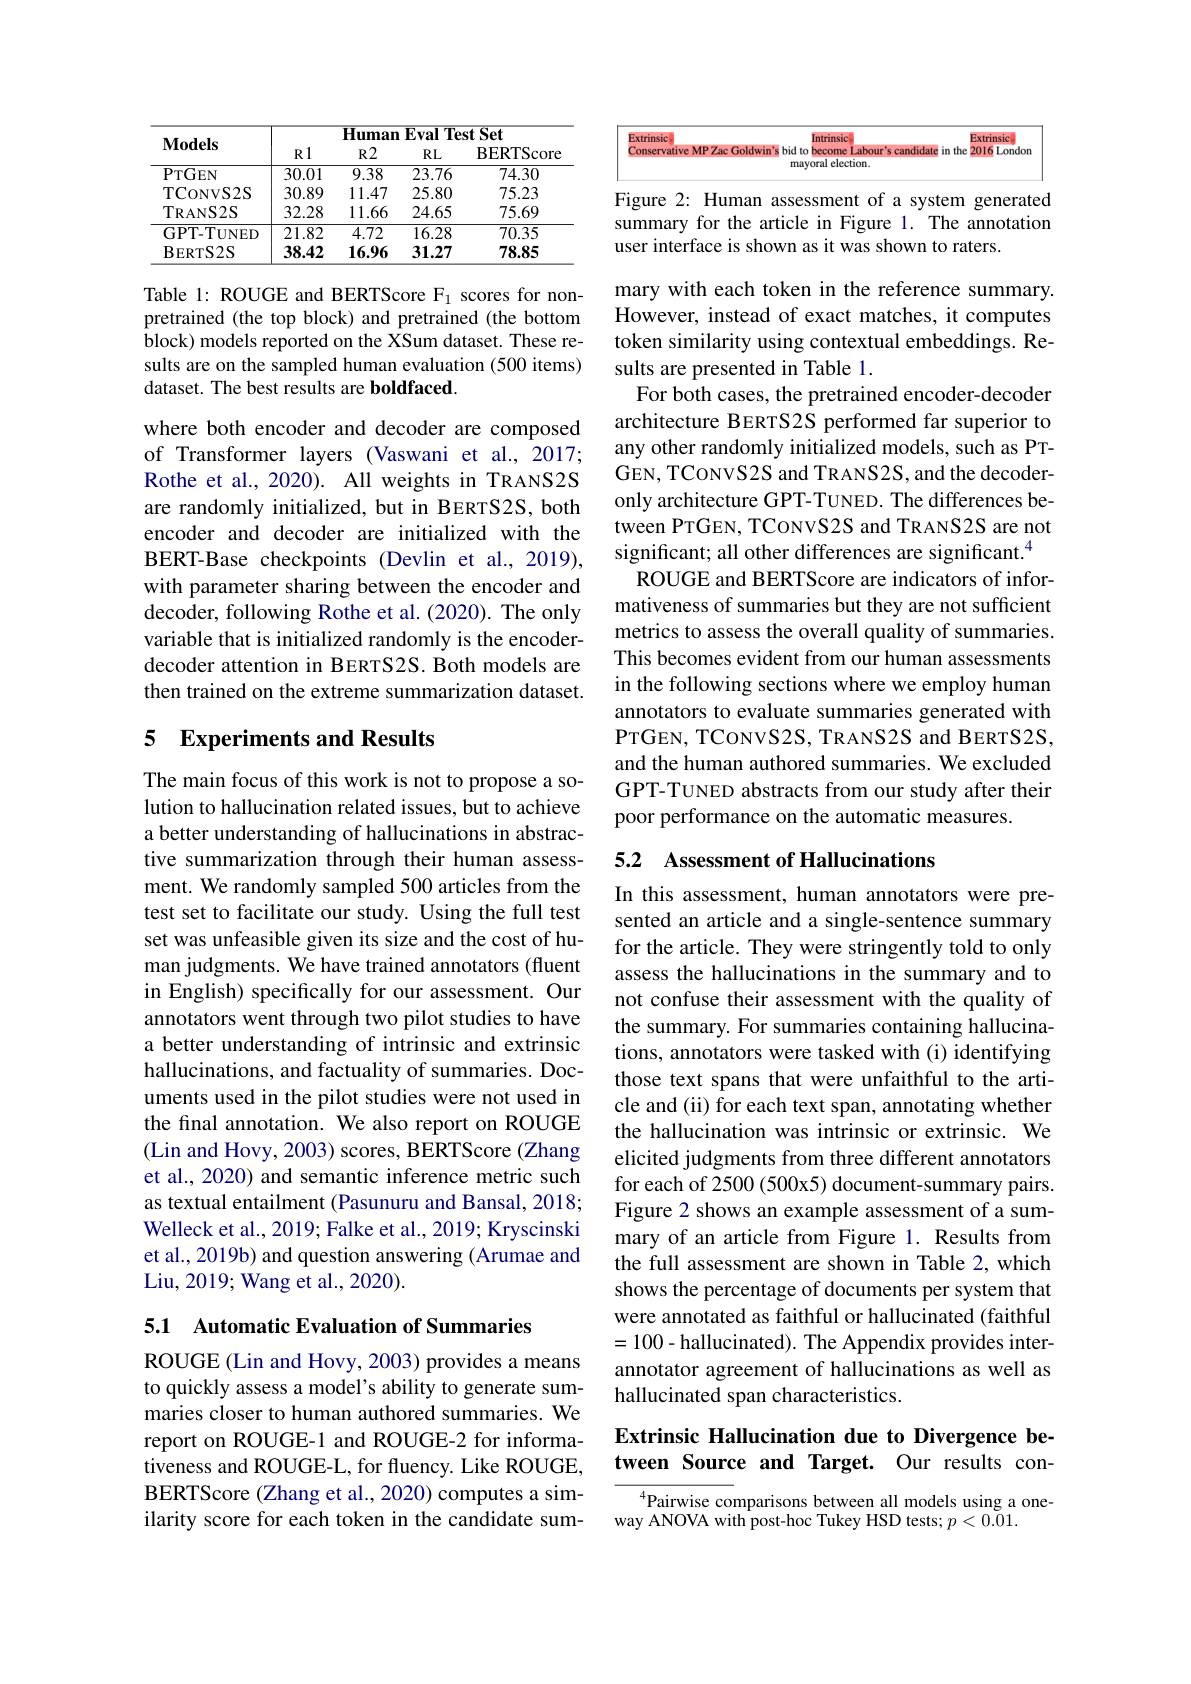
<table>
	<tbody>
		<tr>
			<th rowspan="3">$\mathbf{Models}$</th>
			<th colspan="4">Human Eval Test Set</th>
		</tr>
		<tr>
			<th>$R1$</th>
			<th>${\mathbf{Human}}$ $R2$</th>
			<th>${\mathbf{EvalTes}}$ $RL$</th>
			<th>itSet BERTScore</th>
		</tr>
		<tr>
			<th>$R1$</th>
			<th>$\mathbb{R}2$</th>
			<th>$RL$</th>
			<th>BERTScore</th>
		</tr>
		<tr>
			<td>PTGEN</td>
			<td>30.01</td>
			<td>9.38</td>
			<td>23.76</td>
			<td>74.30</td>
		</tr>
		<tr>
			<td>TCONVS2S</td>
			<td>30.89</td>
			<td>11.47</td>
			<td>25.80</td>
			<td>75.23</td>
		</tr>
		<tr>
			<td>TRANS2S</td>
			<td>32.28</td>
			<td>11.66</td>
			<td>24.65</td>
			<td>75.69</td>
		</tr>
		<tr>
			<td>GPT- TUNED</td>
			<td>21.82</td>
			<td>4.72</td>
			<td>16.28</td>
			<td>70.35</td>
		</tr>
		<tr>
			<td>$\mathbf{BERTS2S}$</td>
			<td>38.42</td>
			<td>16.96</td>
			<td>31.27</td>
			<td>78.85</td>
		</tr>
	</tbody>
</table>

Table 1: ROUGE and BERTScore F$_{1}$ scores for nonpretrained (the top block) and pretrained (the bottom block) models reported on the XSum dataset. These results are on the sampled human evaluation (500 items) dataset. The best results are boldfaced

where both encoder and decoder are composed of Transformer layers (Vaswani et al.,2017; Rothe et al., 2020). All weights in TRANS2S are randomly initialized, but in BERTS2S, both encoder and decoder are initialized with the BERT-Base checkpoints (Devlin et al., 2019), with parameter sharing between the encoder and decoder, following Rothe et al. (2020). The only variable that is initialized randomly is the encoderdecoder attention in BERTS2S. Both models are then trained on the extreme summarization dataset.

## 5 Experiments and Results

The main focus of this work is not to propose a solution to hallucination related issues, but to achieve a better understanding of hallucinations in abstractive summarization through their human assessment. We randomly sampled 500 articles from the test set to facilitate our study. Using the full test set was unfeasible given its size and the cost of human judgments. We have trained annotators (fluent in English) specifically for our assessment. Our annotators went through two pilot studies to have a better understanding of intrinsic and extrinsic hallucinations, and factuality of summaries. Documents used in the pilot studies were not used in the final annotation. We also report on ROUGE (Lin and Hovy, 2003) scores, BERTScore (Zhang et al., 2020) and semantic inference metric such as textual entailment (Pasunuru and Bansal, 2018; Welleck et al., 2019; Falke et al., 2019; Kryscinski et al., 2019b) and question answering (Arumae and Liu, 2019; Wang et al., 2020).

5.1 Automatic Evaluation of Summaries

ROUGE (Lin and Hovy, 2003) provides a means to quickly assess a model's ability to generate summaries closer to human authored summaries. We report on ROUGE-1 and ROUGE-2 for informativeness and ROUGE-L, for fluency. Like ROUGE, BERTScore (Zhang et al., 2020) computes a similarity score for each token in the candidate sum-

<FigureHere>
Figure 2: Human assessment of a system generated

summary for the article in Figure 1. The annotation
user interface is shown as it was shown to raters.

mary with each token in the reference summary. However, instead of exact matches, it computes token similarity using contextual embeddings. Results are presented in Table 1.
For both cases, the pretrained encoder-decoder architecture BERTS2S performed far superior to any other randomly initialized models, such as PTGEN, TCONVS2S and TRANS2S, and the decoderonly architecture GPT-TUNED. The differences between PTGEN, TCONVS2S and TRANS2S are not significant; all other differences are significant.$^{4}$
ROUGE and BERTScore are indicators of informativeness of summaries but they are not sufficient metrics to assess the overall quality of summaries. This becomes evident from our human assessments in the following sections where we employ human annotators to evaluate summaries generated with PTGEN, TCONVS2S, TRANS2S and BERTS2S, and the human authored summaries. We excluded GPT-TUNED abstracts from our study after their poor performance on the automatic measures.

## 5.2 Assessment of Hallucinations

In this assessment, human annotators were presented an article and a single-sentence summary for the article. They were stringently told to only assess the hallucinations in the summary and to not confuse their assessment with the quality of the summary. For summaries containing hallucinations, annotators were tasked with (i) identifying those text spans that were unfaithful to the article and (ii) for each text span, annotating whether the hallucination was intrinsic or extrinsic. We elicited judgments from three different annotators for each of 2500 (500x5) document-summary pairs. Figure 2 shows an example assessment of a summary of an article from Figure 1. Results from the full assessment are shown in Table 2, which shows the percentage of documents per system that were annotated as faithful or hallucinated (faithful =100-hallucinated). The Appendix provides interannotator agreement of hallucinations as well as hallucinated span characteristics.

## Extrinsic Hallucination due to Divergence between Source and Target. Our results con-

$^{4}$Pairwise comparisons between all models using a one-
way ANOVA with post-hoc Tukey HSD tests; $p<0.\tilde{0}1.$